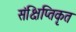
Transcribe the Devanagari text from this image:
संक्षिप्तिकृत